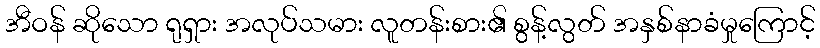
အီဝန် ဆိုသော ရုရှား အလုပ်သမား လူတန်းစား၏ စွန့်လွတ် အနှစ်နာခံမှုကြောင့်